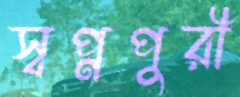
স্বপ্নপুরী